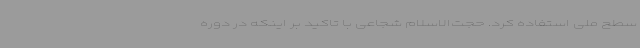
سطح ملی استفاده کرد. حجت‌الاسلام شجاعی با تاکید بر اینکه در دوره